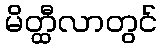
မိတ္ထီလာတွင်